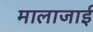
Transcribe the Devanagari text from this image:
मालाजाई